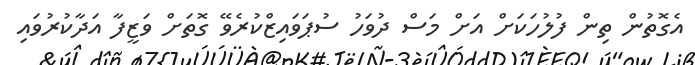
އެގޮތުން ތިން ފުލުހަކަށް އަށް މަސް ދުވަހު ސުޕަވައިޒްކުރެވޭ ގޮތަށް ވަޒީފާ އަދާކުރުވައި